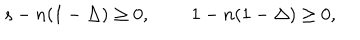
LaTeX: s - n ( 1 - \Delta ) \geq 0 , \, \, \, \, \, \, \, \, \, \, \, \, \, 1 - n ( 1 - \Delta ) \geq 0 ,